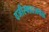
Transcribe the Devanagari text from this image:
वजीरबादजवळ